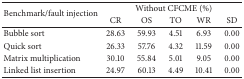
| <ROWSPAN=2> Benchmark/fault injection | <COLSPAN=5> Without CFCME (%) |
 | CR | OS | TO | WR | SD |
 | --- | --- | --- | --- | --- | --- |
 | Bubble sort | 28.63 | 59.93 | 4.51 | 6.93 | 0.00 |
 | Quick sort | 26.33 | 57.76 | 4.32 | 11.59 | 0.00 |
 | Matrix multiplication | 30.10 | 55.84 | 5.01 | 9.05 | 0.00 |
 | Linked list insertion | 24.97 | 60.13 | 4.49 | 10.41 | 0.00 |